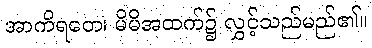
အာကိရတေ၊ မိမိအထက်၌ လွှင့်သည်မည်၏။